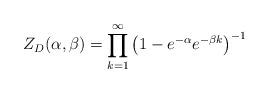
LaTeX: \begin{align*}Z_D(\alpha, \beta) = \prod_{k=1}^{\infty} \left( 1-e^{-\alpha}e^{-\beta k} \right )^{-1}\end{align*}